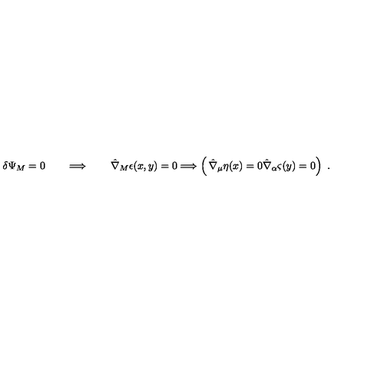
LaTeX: \delta \Psi _ { M } = 0 \qquad \Longrightarrow \qquad \hat { \nabla } _ { M } \epsilon ( x , y ) = 0 \Longrightarrow \left( \begin{matrix} { \hat { \nabla } _ { \mu } \eta ( x ) = 0 } \\ { \hat { \nabla } _ { \alpha } \varsigma ( y ) = 0 } \\ \end{matrix} \right) \ .